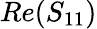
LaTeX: Re(S_{11})